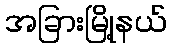
အခြားမြို့နယ်